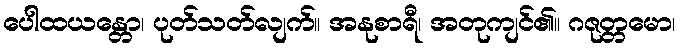
ပေါထယန္တော၊ ပုတ်သတ်လျက်။ အနုစာရီ၊ အတုကျင်၏။ ဂဇုတ္တမော၊